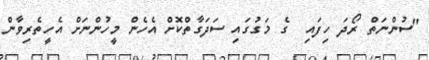
"ސުންނަތް ރޯދަ ހިފައި  ގެ މަގުގައި ސަދަގާތްކޮށް އެހެން މީހުންނަށް އެހީތެރިވާން